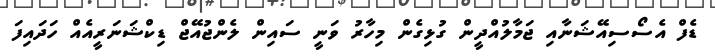
ޑެފް އެސޯސިއޭޝަނާއި ޖަމާލުއްދީން ގުޅިގެން މިހާރު ވަނީ ސައިން ލެންޖުއޭޖް ޑިކްޝަނަރީއެއް ހަދައިފަ